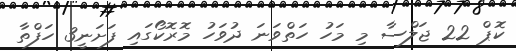
ކޮޕް 22 ޖަލްސާ މި މަހު ހަތްވަަނަ ދުވަހު މޮރޮކޯގައި ފަށަނީ3 ހަފްތާ